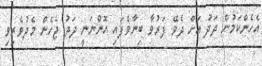
އެހެންކަމުން ދަދު އަށް ދެވޭ ފަރުވާ ބިނާވެފައި އޮންނަނީ ދަދު ޖެހެން މެދުވެރިވި